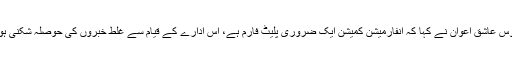
فردوس عاشق اعوان نے کہا کہ انفارمیشن کمیشن ایک ضروری پلیٹ فارم ہے، اس ادارے کے قیام سے غلط خبروں کی حوصلہ شکنی ہوگی۔